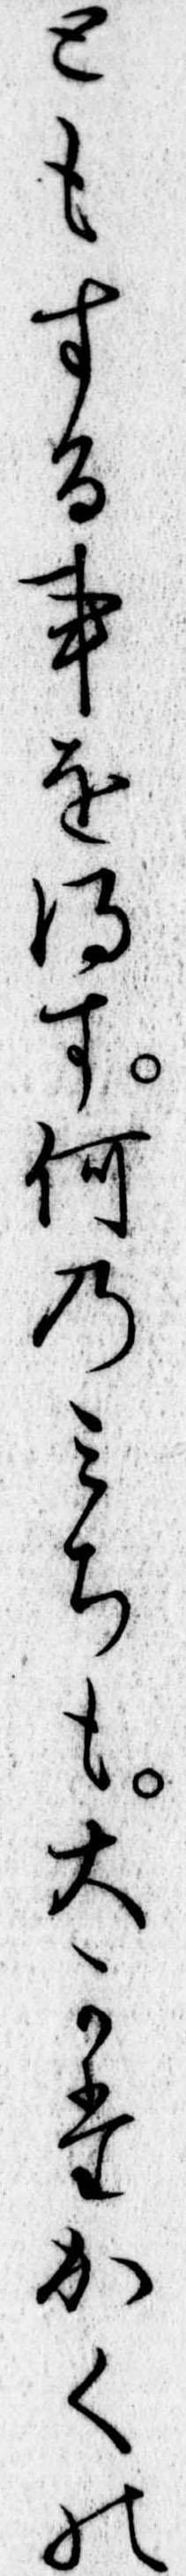
ともする事を得す何のみちも大かたかくの